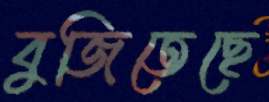
বুজিতেছে